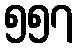
၅၅၇